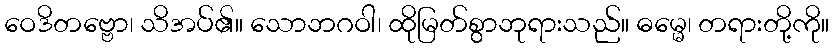
ဝေဒိတဗ္ဗော၊ သိအပ်၏။ သောဘဂဝါ၊ ထိုမြတ်စွာဘုရားသည်။ ဓမ္မေ၊ တရားတို့ကို။